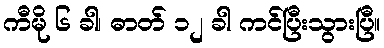
ကီမို ၆ ခါ၊ ဓာတ် ၁၂ ခါ ကင်ပြီးသွားပြီ။